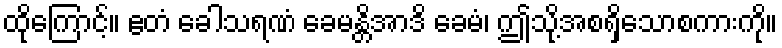
ထိုကြောင့်။ ဧတံ ခေါသရဏံ ခေမန္တိအာဒိ ခေမံ၊ ဤသို့အစရှိသောစကားကို။